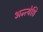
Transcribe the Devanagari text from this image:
अन्त्येष्ठि